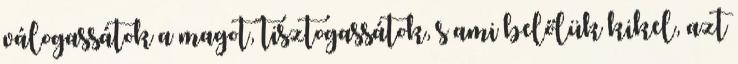
válogassátok a magot, tisztogassátok, s ami belőlük kikel, azt